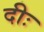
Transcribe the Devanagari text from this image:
दीः